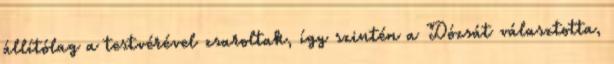
állítólag a testvérével zsaroltak, így szintén a Dózsát választotta,